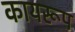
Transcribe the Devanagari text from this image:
कायरूप